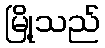
မြို့သည်